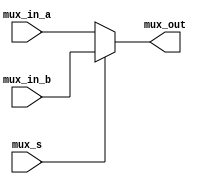
module multiplexer_16(mux_s, mux_in_a, mux_in_b, mux_out);
	input 		mux_s;
	input	[15:0] mux_in_a;
	input	[15:0] mux_in_b;
	output	[15:0] mux_out;
	
	assign mux_out = (mux_s == 1'b0) ? mux_in_a : mux_in_b;
	
endmodule